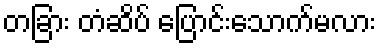
တခြား တံဆိပ် ပြောင်းသောက်မလား